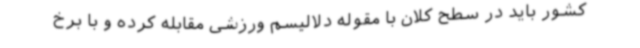
کشور باید در سطح کلان با مقوله دلالیسم ورزشی مقابله کرده و با برخ